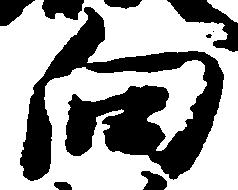
向